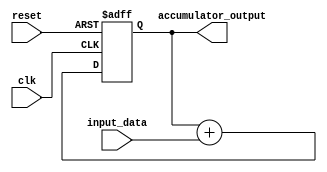
module FixedPointAccumulator(
    input clk,
    input reset,
    input signed [7:0] input_data, // Fixed-point input data format with 8 integer bits
    output reg signed [15:0] accumulator_output // Fixed-point output data format with 8 integer bits and 8 fractional bits
);

reg signed [15:0] accumulator; // Register to store accumulated result

always @(posedge clk or posedge reset) begin
    if(reset) begin
        accumulator <= 16'd0; // Reset accumulator when reset signal is asserted
    end else begin
        accumulator <= accumulator + input_data; // Continuously add incoming fixed-point numbers to accumulator
    end
end

assign accumulator_output = accumulator;

endmodule